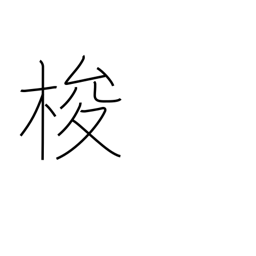
Meaning: shuttle